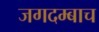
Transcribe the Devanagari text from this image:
जगदम्बाच